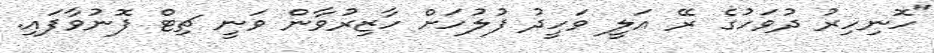
"ހޮނިހިރު ދުވަހުގެ ރޭ އަލީ ވަހީދު ފުލުހަށް ހާޒިރުވާން ވަނީ ޗިޓް ފޮނުވާފައި.